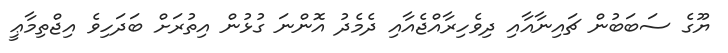
ޔޫގެ ސަބަބުން ޗައިނާއާއި ދިވެހިރާއްޖެއާއި ދެމެދު އޮންނަ ގުޅުން އިތުރަށް ބަދަހިވެ އިޖްތިމާޢީ